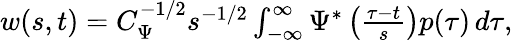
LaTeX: \begin{array}{r}{w(s,t)=C_{\Psi}^{-1/2}s^{-1/2}\int_{-\infty}^{\infty}\Psi^{*}\left(\frac{\tau-t}{s}\right)p(\tau)\, d\tau,}\end{array}